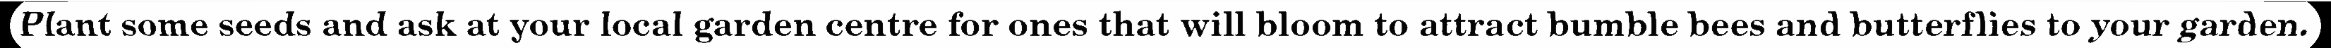
Plant some seeds and ask at your local garden centre for ones that will bloom to attract bumble bees and butterflies to your garden.